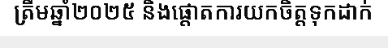
ត្រឹមឆ្នាំ២០២៥ និងផ្តោតការយកចិត្តទុកដាក់